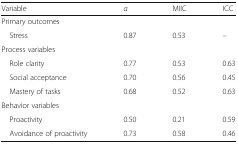
<table><thead><tr><td><b>Variable</b></td><td><b><i>α</i></b></td><td><b>MIIC</b></td><td><b>ICC</b></td></tr></thead><tbody><tr><td colspan="4">Primary outcomes</td></tr><tr><td> Stress</td><td>0.87</td><td>0.53</td><td>–</td></tr><tr><td colspan="4">Process variables</td></tr><tr><td> Role clarity</td><td>0.77</td><td>0.53</td><td>0.63</td></tr><tr><td> Social acceptance</td><td>0.70</td><td>0.56</td><td>0.45</td></tr><tr><td> Mastery of tasks</td><td>0.68</td><td>0.52</td><td>0.63</td></tr><tr><td colspan="4">Behavior variables</td></tr><tr><td> Proactivity</td><td>0.50</td><td>0.21</td><td>0.59</td></tr><tr><td> Avoidance of proactivity</td><td>0.73</td><td>0.58</td><td>0.46</td></tr></tbody></table>